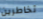
تخاطرين